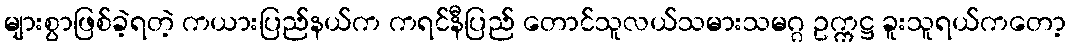
များစွာဖြစ်ခဲ့ရတဲ့ ကယားပြည်နယ်က ကရင်နီပြည် တောင်သူလယ်သမားသမဂ္ဂ ဥက္ကဋ္ဌ ခူးသူရယ်ကတော့